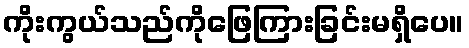
ကိုးကွယ်သည်ကိုဖြေကြားခြင်းမရှိပေ။